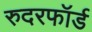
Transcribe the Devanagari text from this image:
रुदरफॉर्ड